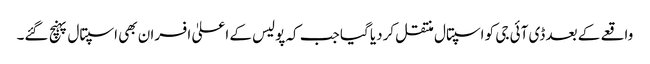
واقعے کے بعد ڈی آئی جی کو اسپتال منتقل کردیا گیا جب کہ پولیس کے اعلیٰ افسران بھی اسپتال پہنچ گئے۔